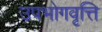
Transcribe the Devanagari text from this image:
उपभोगवृत्ति